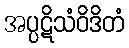
အပ္ပဋိသံဝိဒိတံ